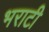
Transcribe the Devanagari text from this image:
भराटी